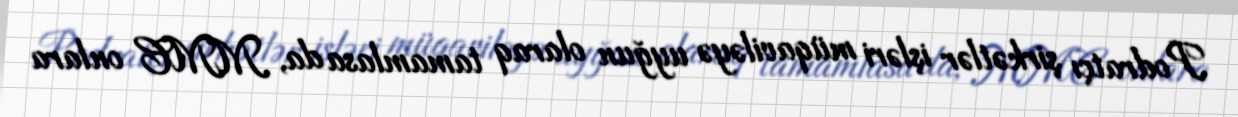
Podratçı şirkətlər işləri müqaviləyə uyğun olaraq tamamlasa da, MMC onlara